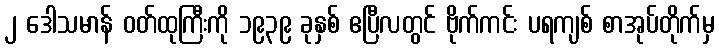
၂ ဒေါသမာန် ဝတ်ထုကြီးကို ၁၉၃၉ ခုနှစ် ဧပြီလတွင် ဗိုက်ကင်း ပရကျစ် စာအုပ်တိုက်မှ